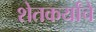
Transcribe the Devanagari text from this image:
शेतकर्यांचे